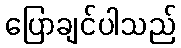
ပြောချင်ပါသည်